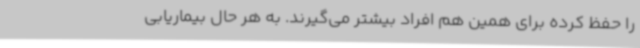
را حفظ کرده برای همین هم افراد بیشتر می‌گیرند. به هر حال بیماریابی